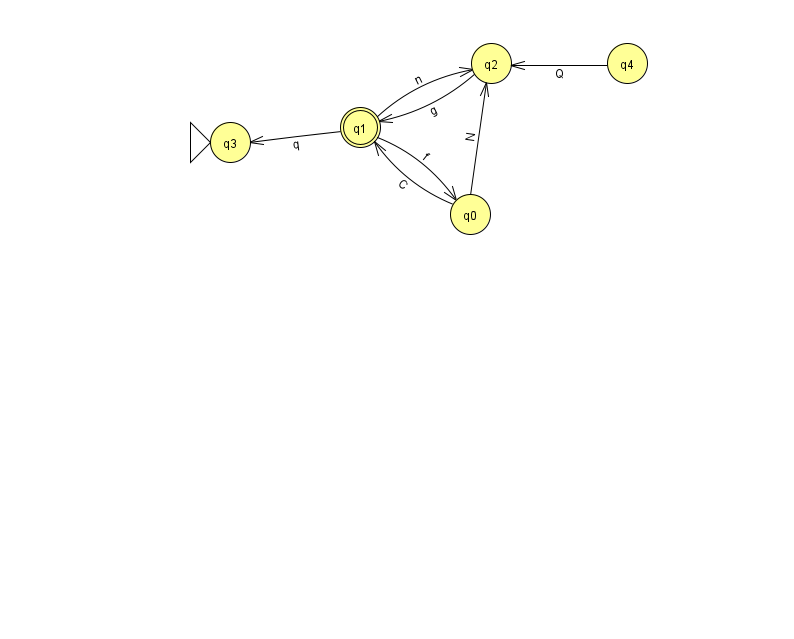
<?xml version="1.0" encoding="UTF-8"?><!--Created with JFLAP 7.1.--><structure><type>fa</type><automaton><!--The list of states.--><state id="0" name="q0"><x>470.0</x><y>201.0</y></state><state id="1" name="q1"><x>360.0</x><y>114.0</y><final/></state><state id="2" name="q2"><x>491.0</x><y>50.0</y></state><state id="3" name="q3"><x>230.0</x><y>129.0</y><initial/></state><state id="4" name="q4"><x>627.0</x><y>50.0</y></state><!--The list of transitions.--><transition><from>0</from><to>2</to><read>N</read></transition><transition><from>1</from><to>2</to><read>n</read></transition><transition><from>0</from><to>1</to><read>C</read></transition><transition><from>1</from><to>3</to><read>q</read></transition><transition><from>1</from><to>0</to><read>f</read></transition><transition><from>4</from><to>2</to><read>Q</read></transition><transition><from>2</from><to>1</to><read>g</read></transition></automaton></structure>